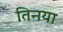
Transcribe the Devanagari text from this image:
तिनया